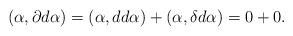
LaTeX: \begin{align*}(\alpha ,\partial d\alpha )=(\alpha ,dd\alpha )+(\alpha ,\delta d\alpha)=0+0. \end{align*}